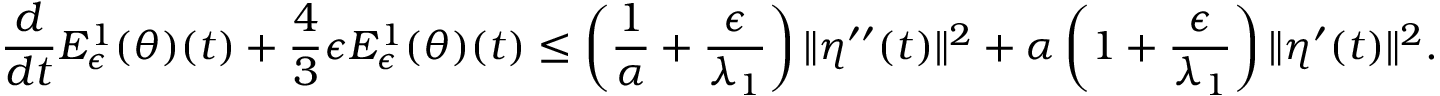
\frac { d } { d t } { \cal E } _ { \epsilon } ^ { 1 } ( \theta ) ( t ) + \frac { 4 } { 3 } \epsilon { \cal E } _ { \epsilon } ^ { 1 } ( \theta ) ( t ) \leq \left( \frac { 1 } { \alpha } + \frac { \epsilon } { \lambda _ { 1 } } \right) \| \eta ^ { \prime \prime } ( t ) \| ^ { 2 } + \alpha \left( 1 + \frac { \epsilon } { \lambda _ { 1 } } \right) \| \eta ^ { \prime } ( t ) \| ^ { 2 } .